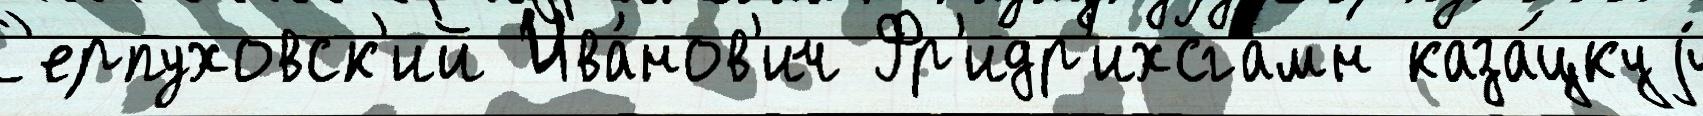
С'ерпуховск'ий Ива́нов'ич Фр'идр'ихсгамн каза́цкуjу